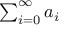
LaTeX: \textstyle \sum _ { i = 0 } ^ { \infty } a _ { i }